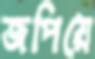
জপিয়ে